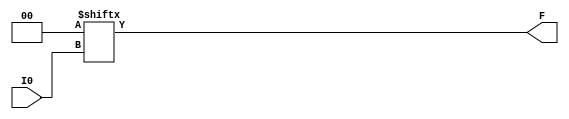
`ifdef verilator3
`else
`timescale 1 ps / 1 ps
`endif
//
// LUT1 primitive for Gowin FPGAs
// Compatible with Verilator tool (www.veripool.org)
// Copyright (c) 2022 Frdric REQUIN
// License : BSD
//

module LUT1
#(
    parameter [1:0] INIT = 2'b0
)
(
    input  I0,
    output F
);

    assign F = INIT[I0];

endmodule